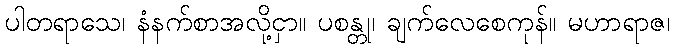
ပါတရာသေ၊ နံနက်စာအလို့ငှာ။ ပစန္တု၊ ချက်လေစေကုန်။ မဟာရာဇ၊